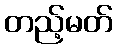
တည့်မတ်